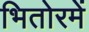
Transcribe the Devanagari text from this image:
भितोरमें